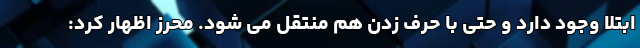
ابتلا وجود دارد و حتی با حرف زدن هم منتقل می شود. محرز اظهار کرد: